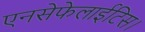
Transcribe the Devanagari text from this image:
एनसेफेलाईटिस।